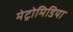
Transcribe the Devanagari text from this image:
मेट्रोमिडिया